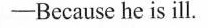
-Because he is ill.